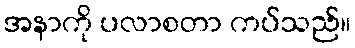
အနာကို ပလာစတာ ကပ်သည်။